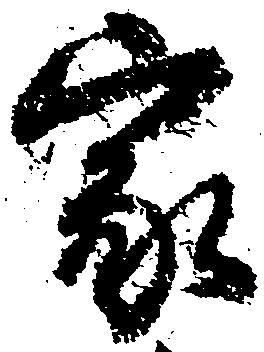
家